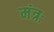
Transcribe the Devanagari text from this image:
मंत्रः